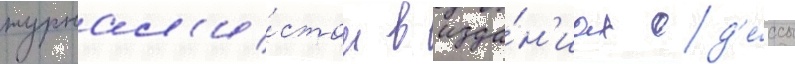
журнал'и́стом в изда́н'иах од'е́ссы